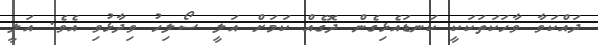
ދައްކަވާ ވާހަކަތަކަކީ ކަނޑައެޅިގެން ދޮގެއް ކަމަށް އަލީ ސޯލިހު ވިދާޅުވި އެވެ. އަލީ